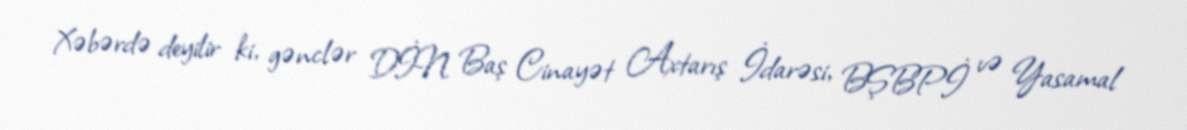
Xəbərdə deyilir ki, gənclər DİN Baş Cinayət Axtarış İdarəsi, BŞBPİ və Yasamal